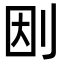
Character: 𠛭